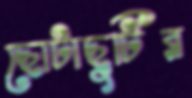
ছোটাছুটির